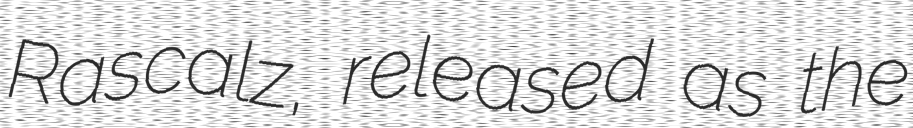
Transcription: Rascalz, released as the